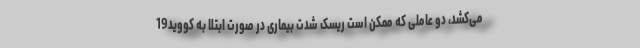
می‌کشد، دو عاملی که ممکن است ریسک شدت بیماری در صورت ابتلا به کووید19